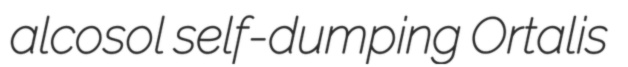
alcosol self-dumping Ortalis